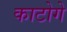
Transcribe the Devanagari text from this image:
काटोगे